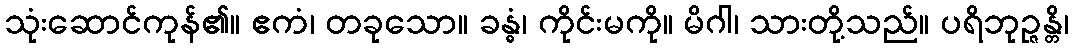
သုံးဆောင်ကုန်၏။ ဧကံ၊ တခုသော။ ခန္ဓံ၊ ကိုင်းမကို။ မိဂါ၊ သားတို့သည်။ ပရိဘုဉ္ဇန္တိ၊